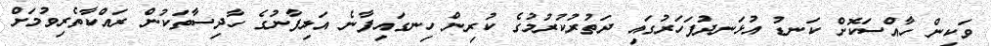
ވަކިން ހާއްސަކޮށް ކަނޑު އުޅަނދުފަހަރުގައި ދަތުރުކުރުމުގެ ކުރިން ހިނގައިފާނެ އަލިފާނުގެ ހާދިސާތަކުން ރައްކާތެރިވުމަށް